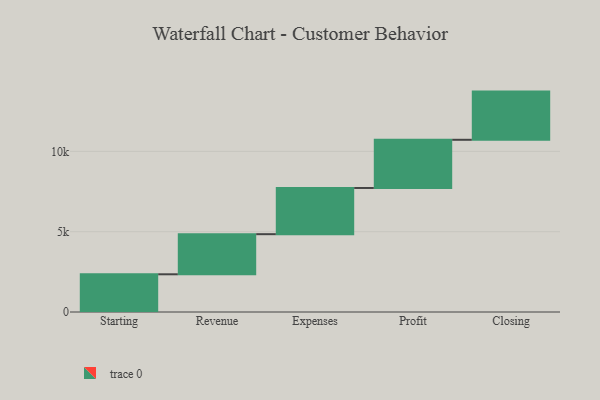
{"axis": {"x": "Step", "y": "Value"}, "legend": [""], "data": [{"x": "Starting", "y": 2348.0, "type": ""}, {"x": "Revenue", "y": 2497.0, "type": ""}, {"x": "Expenses", "y": 2877.0, "type": ""}, {"x": "Profit", "y": 3000, "type": ""}, {"x": "Closing", "y": 3000, "type": ""}]}